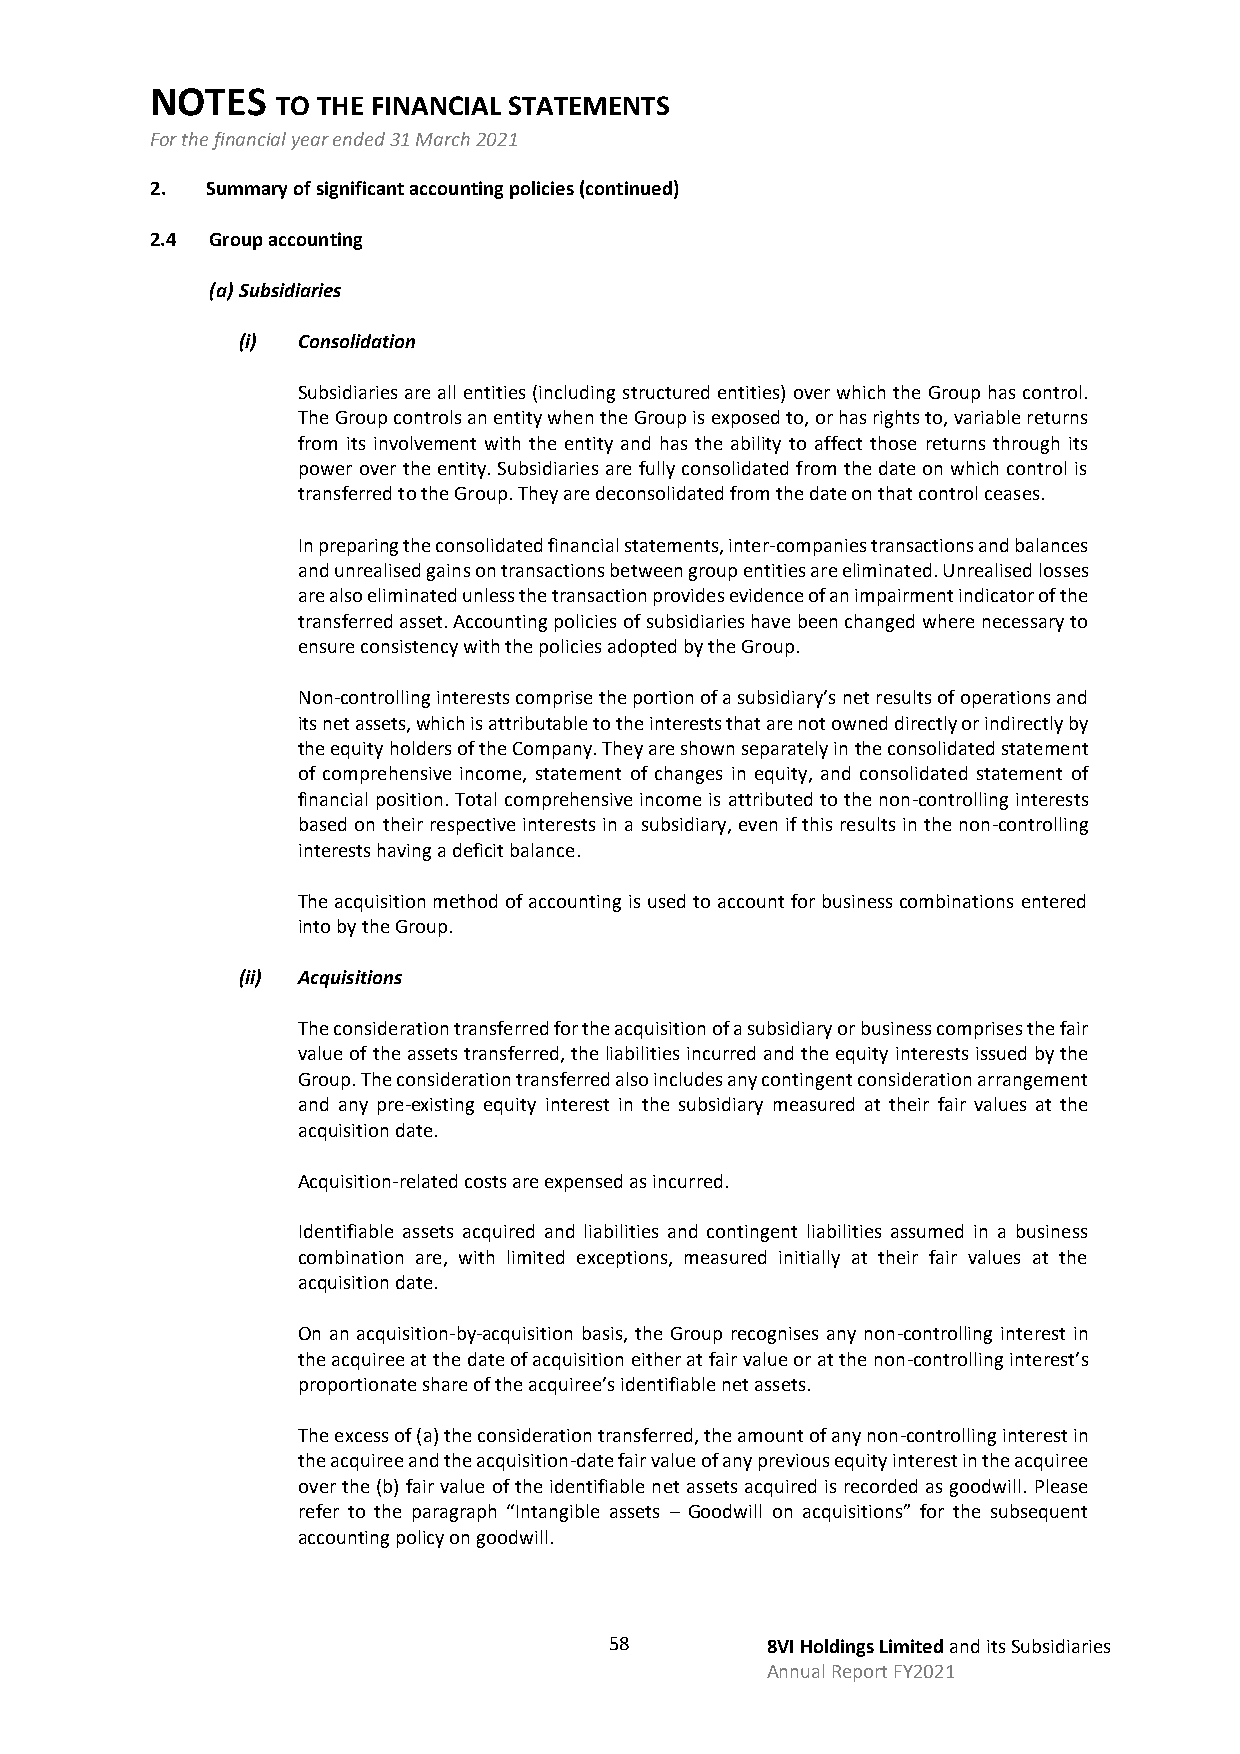
NOTES
 TO THE FINANCIAL STATEMENTS
 For the financial year ended 31 March 2021
 2.  Summary of significant accounting policies (continued)
 2.4 Group accounting
 (a) Subsidiaries
 (i) Consolidation
 Subsidiaries are all entities (including structured entities) over which the Group has control.
 The Group controls an entity when the Group is exposed to, or has rights to, variable returns
 from its involvement with the entity and has the ability to affect those returns through its
 power over the entity. Subsidiaries are fully consolidated from the date on which control is
 transferred to the Group. They are deconsolidated from the date on that control ceases.
 In preparing the consolidated financial statements, inter-companies transactions and balances
 and unrealised gains on transactions between group entities are eliminated. Unrealised losses
 are also eliminated unless the transaction provides evidence of an impairment indicator of the
 transferred asset. Accounting policies of subsidiaries have been changed where necessary to
 ensure consistency with the policies adopted by the Group.
 Non-controlling interests comprise the portion of a subsidiary’s net results of operations and
 its net assets, which is attributable to the interests that are not owned directly or indirectly by
 the equity holders of the Company. They are shown separately in the consolidated statement
 of comprehensive income, statement of changes in equity, and consolidated statement of
 financial position. Total comprehensive income is attributed to the non-controlling interests
 based on their respective interests in a subsidiary, even if this results in the non-controlling
 interests having a deficit balance.
 The acquisition method of accounting is used to account for business combinations entered
 into by the Group.
 (ii) Acquisitions
 The consideration transferred for the acquisition of a subsidiary or business comprises the fair
 value of the assets transferred, the liabilities incurred and the equity interests issued by the
 Group. The consideration transferred also includes any contingent consideration arrangement
 and any pre-existing equity interest in the subsidiary measured at their fair values at the
 acquisition date.
 Acquisition-related costs are expensed as incurred.
 Identifiable assets acquired and liabilities and contingent liabilities assumed in a business
 combination are, with limited exceptions, measured initially at their fair values at the
 acquisition date.
 On an acquisition-by-acquisition basis, the Group recognises any non-controlling interest in
 the acquiree at the date of acquisition either at fair value or at the non-controlling interest’s
 proportionate share of the acquiree’s identifiable net assets.
 The excess of (a) the consideration transferred, the amount of any non-controlling interest in
 the acquiree and the acquisition-date fair value of any previous equity interest in the acquiree
 over the (b) fair value of the identifiable net assets acquired is recorded as goodwill. Please
 refer to the paragraph “Intangible assets – Goodwill on acquisitions” for the subsequent
 accounting policy on goodwill.
 58         8VI Holdings Limited and its Subsidiaries
 Annual Report FY2021